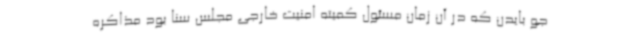
جو بایدن که در آن زمان مسئول کمیته امنیت خارجی مجلس سنا بود مذاکره